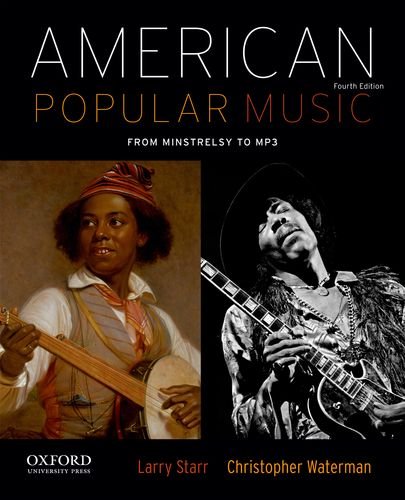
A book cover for American Popular Music; Larry Starr; Humor & Entertainment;